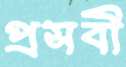
প্রসবী